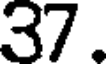
37.